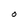
Character: O